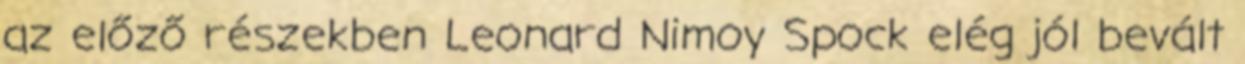
az előző részekben Leonard Nimoy Spock elég jól bevált